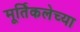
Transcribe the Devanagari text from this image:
मूर्तिकलेच्या